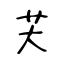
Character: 芖